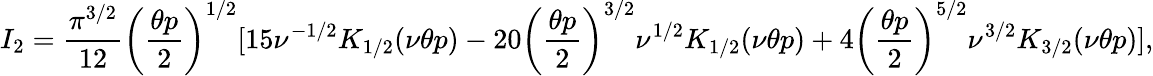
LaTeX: I_{2}=\frac{\pi^{3/2}}{12}\biggl(\frac{\theta p}{2}\biggr)^{1/2}[15\nu^{-1/2}K_{1/2}(\nu\theta p)-20\biggl(\frac{\theta p}{2}\biggr)^{3/2}\nu^{1/2}K_{1/2}(\nu\theta p)+4\biggl(\frac{\theta p}{2}\biggr)^{5/2}\nu^{3/2}K_{3/2}(\nu\theta p)],